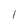
Character: 1